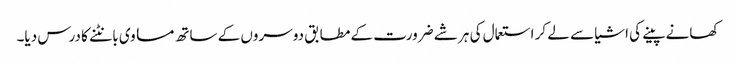
کھانے پینے کی اشیا سے لے کر استعمال کی ہر شے ضرورت کے مطابق دوسروں کے ساتھ مساوی بانٹنے کا درس دیا۔